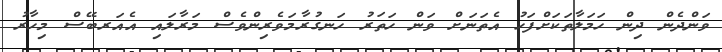
ވަންދެން ދިން ހަމަލާތަކަށްފަހު އެތަނަށް ވަން ހަތަރު ހަނގުރާމަވެރިންވެސް މަރާލައި އެއަރބޭސް މިހާރު